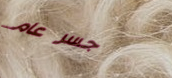
جسر عام